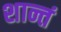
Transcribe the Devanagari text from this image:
शान्तं